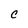
Character: C